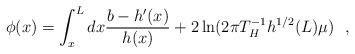
LaTeX: \begin{align*}\phi(x)=\int_x^Ldx {b - h'(x) \over h(x)} +2\ln (2\pi T^{-1}_H h^{1/2}(L)\mu )~~,\end{align*}